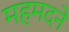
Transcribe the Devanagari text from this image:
महमदने